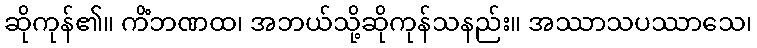
ဆိုကုန်၏။ ကိံဘဏထ၊ အဘယ်သို့ဆိုကုန်သနည်း။ အဿာသပဿာသေ၊